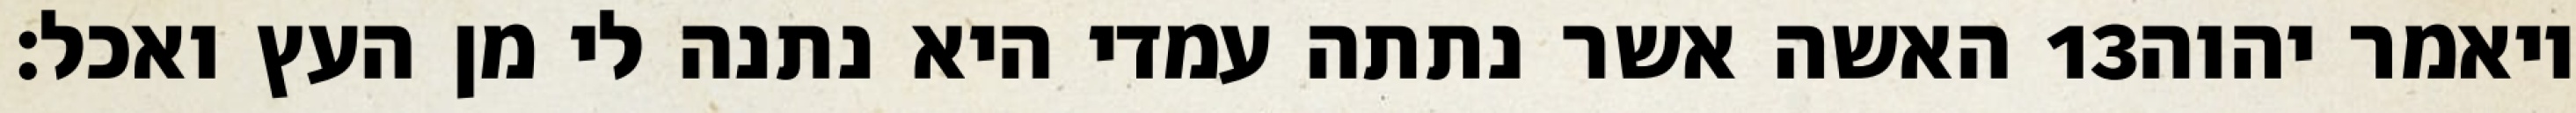
האשה אשר נתתה עמדי היא נתנה לי מן העץ ואכל׃ ‎13‏ ויאמר יהוה